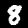
Digit: 8